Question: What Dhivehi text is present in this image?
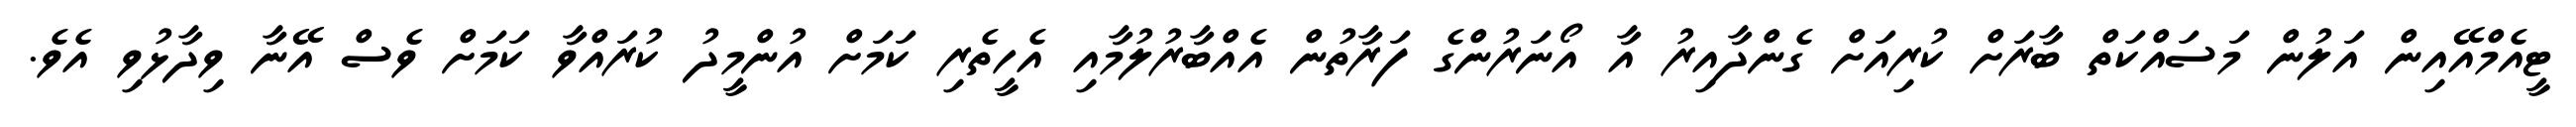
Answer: ޓީއެމްއޭއިން އަލުން މަސައްކަތް ބާރަށް ކުރިއަށް ގެންދާއިރު އާ އޯނަރުންގެ ފަރާތުން އެއްބާރުލުމާއި އެހީތެރި ކަމަށް އުންމީދު ކުރައްވާ ކަމަށް ވެސް އޭނާ ވިދާޅުވި އެވެ.